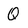
Character: Q